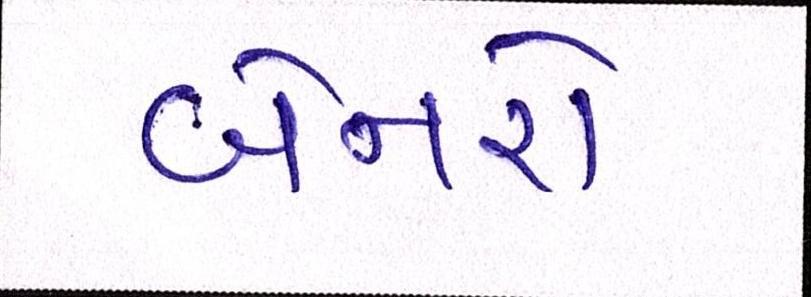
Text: બેનરો